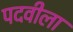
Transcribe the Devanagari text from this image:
पदवीला